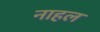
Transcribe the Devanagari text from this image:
नाहल